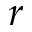
r